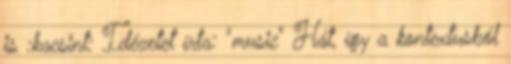
is :kacsint: Idézetet írta: "music" Hát, így a kontextusból